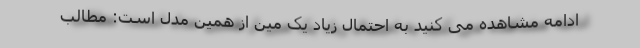
ادامه مشاهده می کنید به احتمال زیاد یک مین از همین مدل است: مطالب